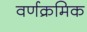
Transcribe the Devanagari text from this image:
वर्णक्रमिक